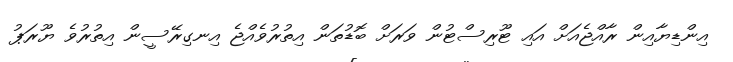
އިންޑިޔާއިން ރާއްޖެއަށް އައި ޓޫރިސްޓުން ވަރަށް ބޮޑުތަން އިތުރުވެއްޖެ އިނގިރޭސީން އިތުރުވެ ޔޫރަޕު